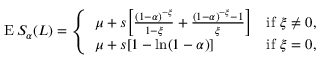
\operatorname { E } S _ { \alpha } ( L ) = { \left\{ \begin{array} { l l } { \mu + s { \Bigl [ } { \frac { ( 1 - \alpha ) ^ { - \xi } } { 1 - \xi } } + { \frac { ( 1 - \alpha ) ^ { - \xi } - 1 } { \xi } } { \Bigr ] } } & { { \mathrm { i f ~ } } \xi \neq 0 , } \\ { \mu + s [ 1 - \ln ( 1 - \alpha ) ] } & { { \mathrm { i f ~ } } \xi = 0 , } \end{array} \right. }